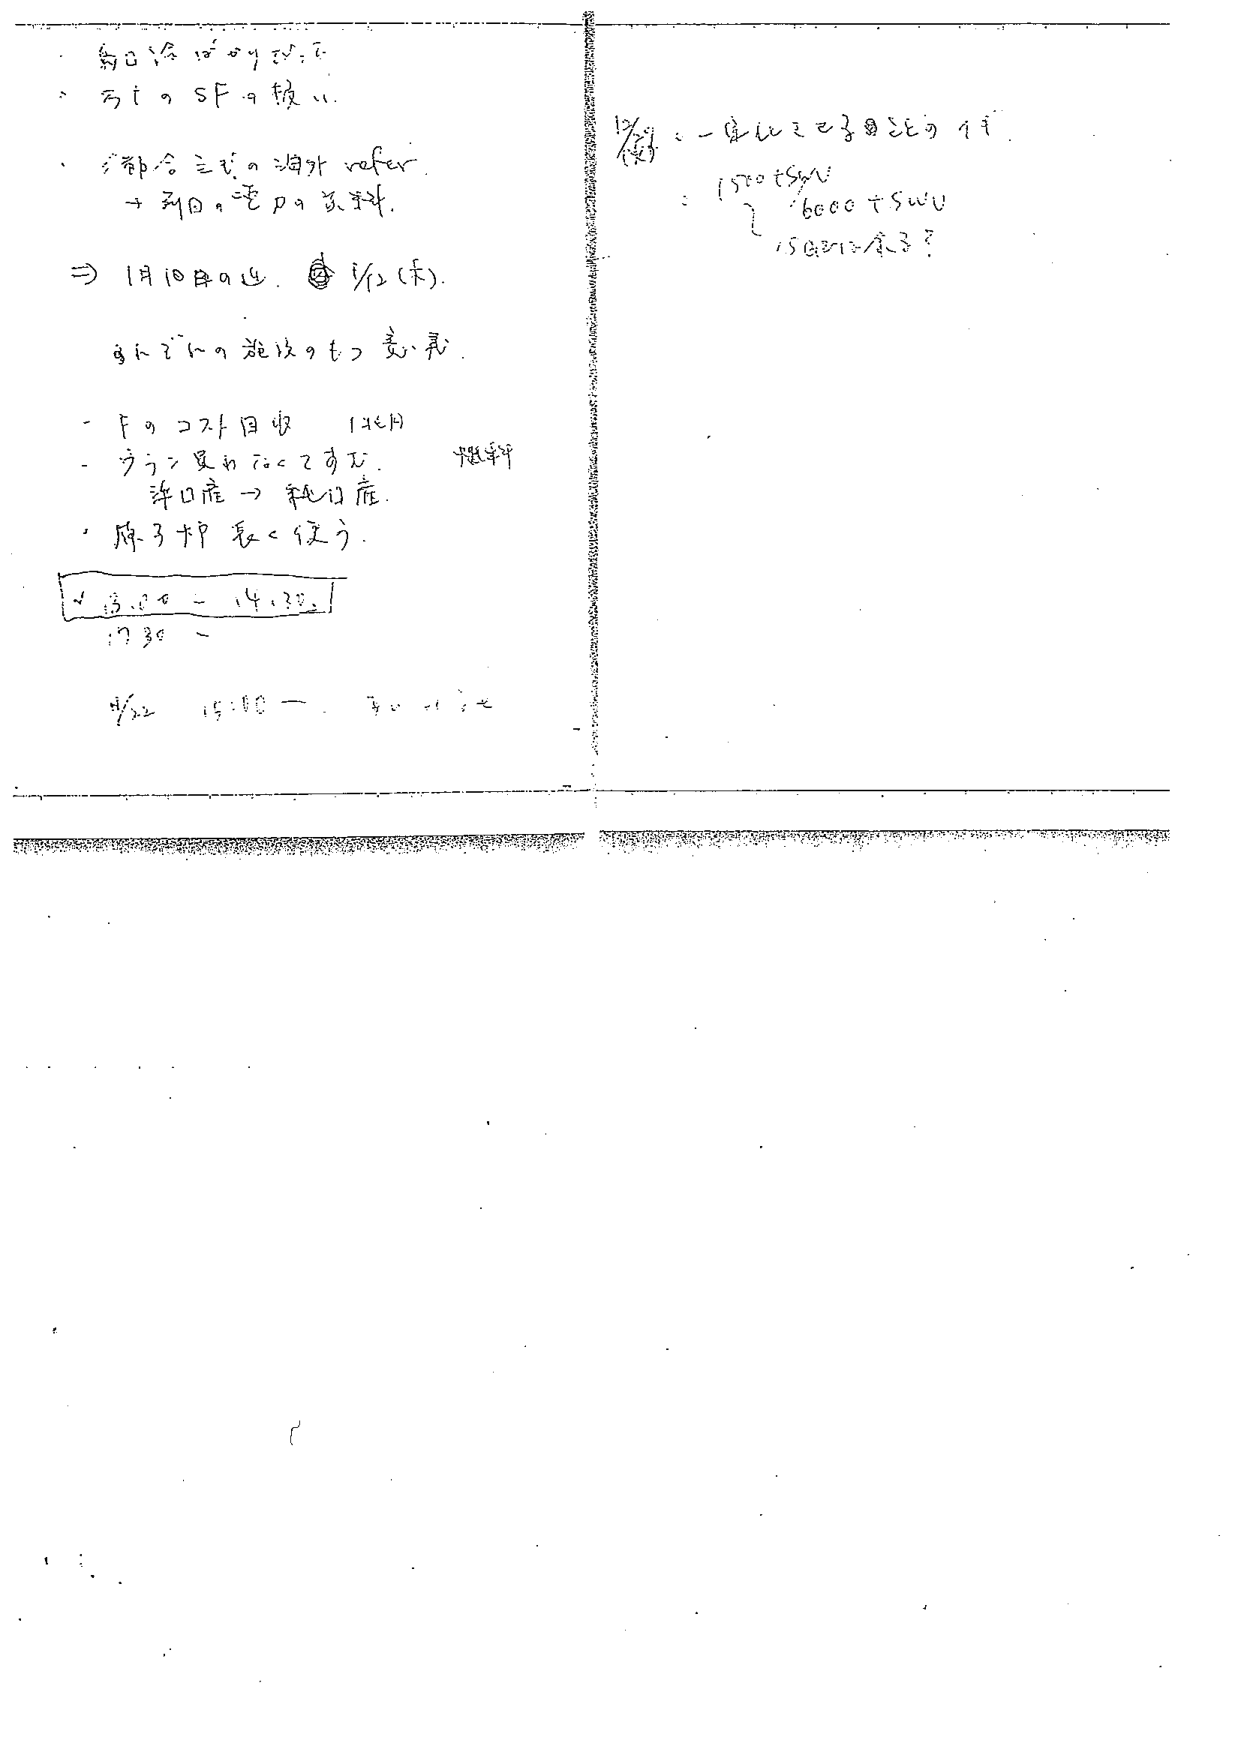
新口冷 12月 4日 22:2
→ 丙t の SF 9 抜 11.
・ 都合 三式の 海外 wafer
→ 到日、宅 P の 茨木.
⇒ 1月10日 0 追. @ 1/2 (木).
自に 2~の 施設のもつ 意義.
- F の コスト 回収 (1ヶ月)
- ライン 星わ なって すむ. 予想半分
許口産 → 純口産.
・ 原子炉 長く 使う.
13:00 - 14:25
17:30 -
1/22 15:50 - 4
12/23: 一 定 し て 2子 0 22 0 1手
: 1500+5w
6000+5wU
150:21~/3?